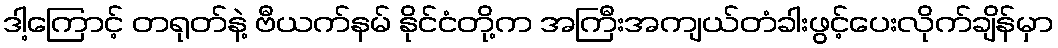
ဒါ့ကြောင့် တရုတ်နဲ့ ဗီယက်နမ် နိုင်ငံတို့က အကြီးအကျယ်တံခါးဖွင့်ပေးလိုက်ချိန်မှာ